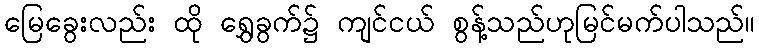
မြေခွေးလည်း ထို ရွှေခွက်၌ ကျင်ငယ် စွန့်သည်ဟုမြင်မက်ပါသည်။